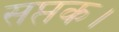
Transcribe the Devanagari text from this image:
सप्तक।